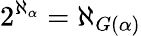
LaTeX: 2^{\aleph_{\alpha}}=\aleph_{G(\alpha)}